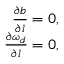
\begin{array} { r } { \frac { \partial b } { \partial l } = 0 , } \\ { \frac { \partial \omega _ { d } } { \partial l } = 0 , } \end{array}